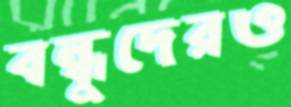
বন্ধুদেরও